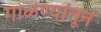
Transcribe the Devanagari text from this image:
गाळण्यांतून